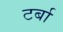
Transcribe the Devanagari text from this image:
टर्बा